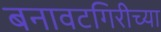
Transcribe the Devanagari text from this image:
बनावटगिरीच्या